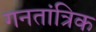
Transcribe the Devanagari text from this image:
गनतांत्रिक